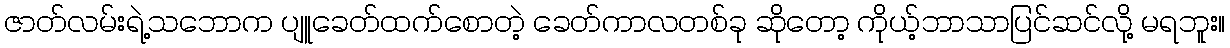
ဇာတ်လမ်းရဲ့သဘောက ပျူခေတ်ထက်စောတဲ့ ခေတ်ကာလတစ်ခု ဆိုတော့ ကိုယ့်ဘာသာပြင်ဆင်လို့ မရဘူး။